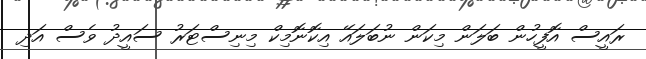
ރައީސް އޮފީހުން ބަލަން މިކަން ނުބަލައޭ އިކޮނޮމިކް މިނިސްޓަރު ސައީދު ވެސް އަދި